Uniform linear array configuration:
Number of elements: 12
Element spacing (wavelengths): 0.5
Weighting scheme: hamming
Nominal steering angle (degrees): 60
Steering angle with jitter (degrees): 59.561
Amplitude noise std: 0.05
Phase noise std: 0.05

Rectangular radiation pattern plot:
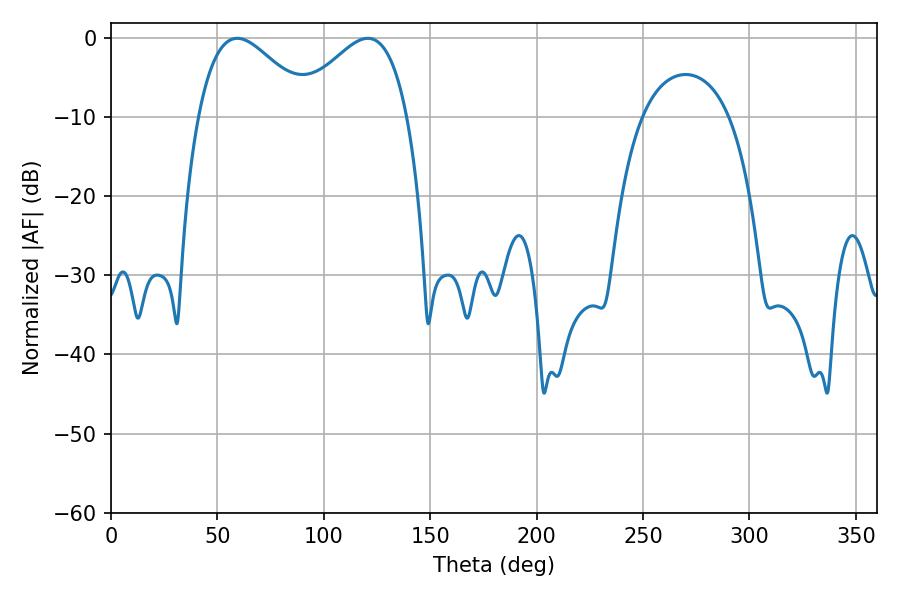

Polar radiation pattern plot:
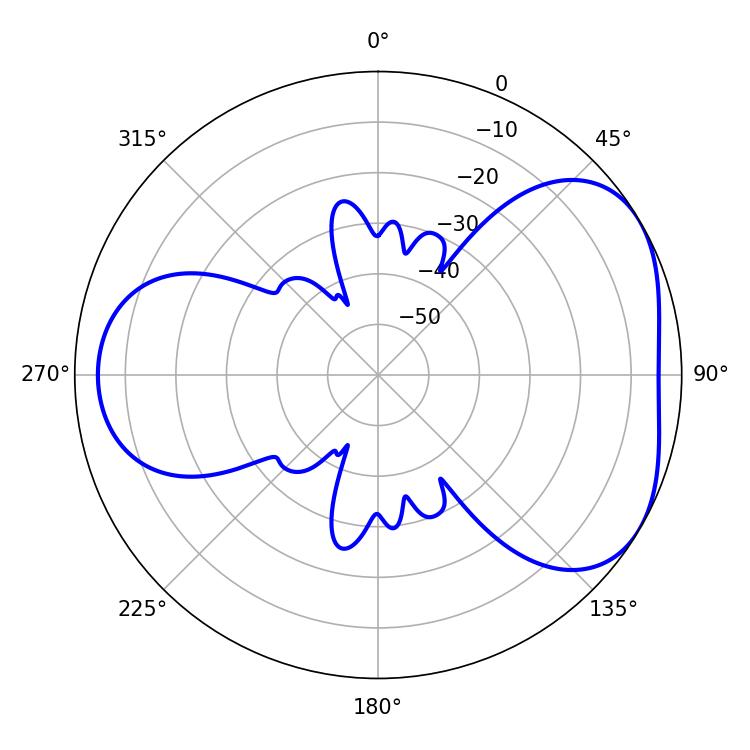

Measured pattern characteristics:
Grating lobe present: FALSE
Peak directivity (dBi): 4.32
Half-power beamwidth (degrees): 28.62
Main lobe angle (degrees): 59.4